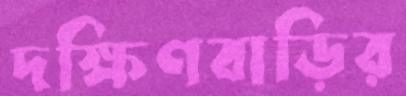
দক্ষিণবাড়ির